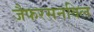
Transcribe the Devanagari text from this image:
जैफरसनविल